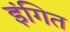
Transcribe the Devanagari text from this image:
इंगित